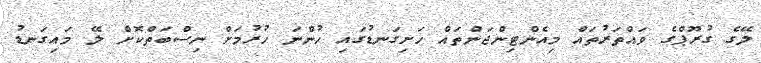
ލޭގެ ގުރޫޕްގެ ވައްތަރުތައް މިއެންޓިންޖަންތައް ހަށިގަނޑުގައި ހުންނަ ހުރުމަށް ނިސްބަތްކޮށް ލޭ މައިގަނޑު